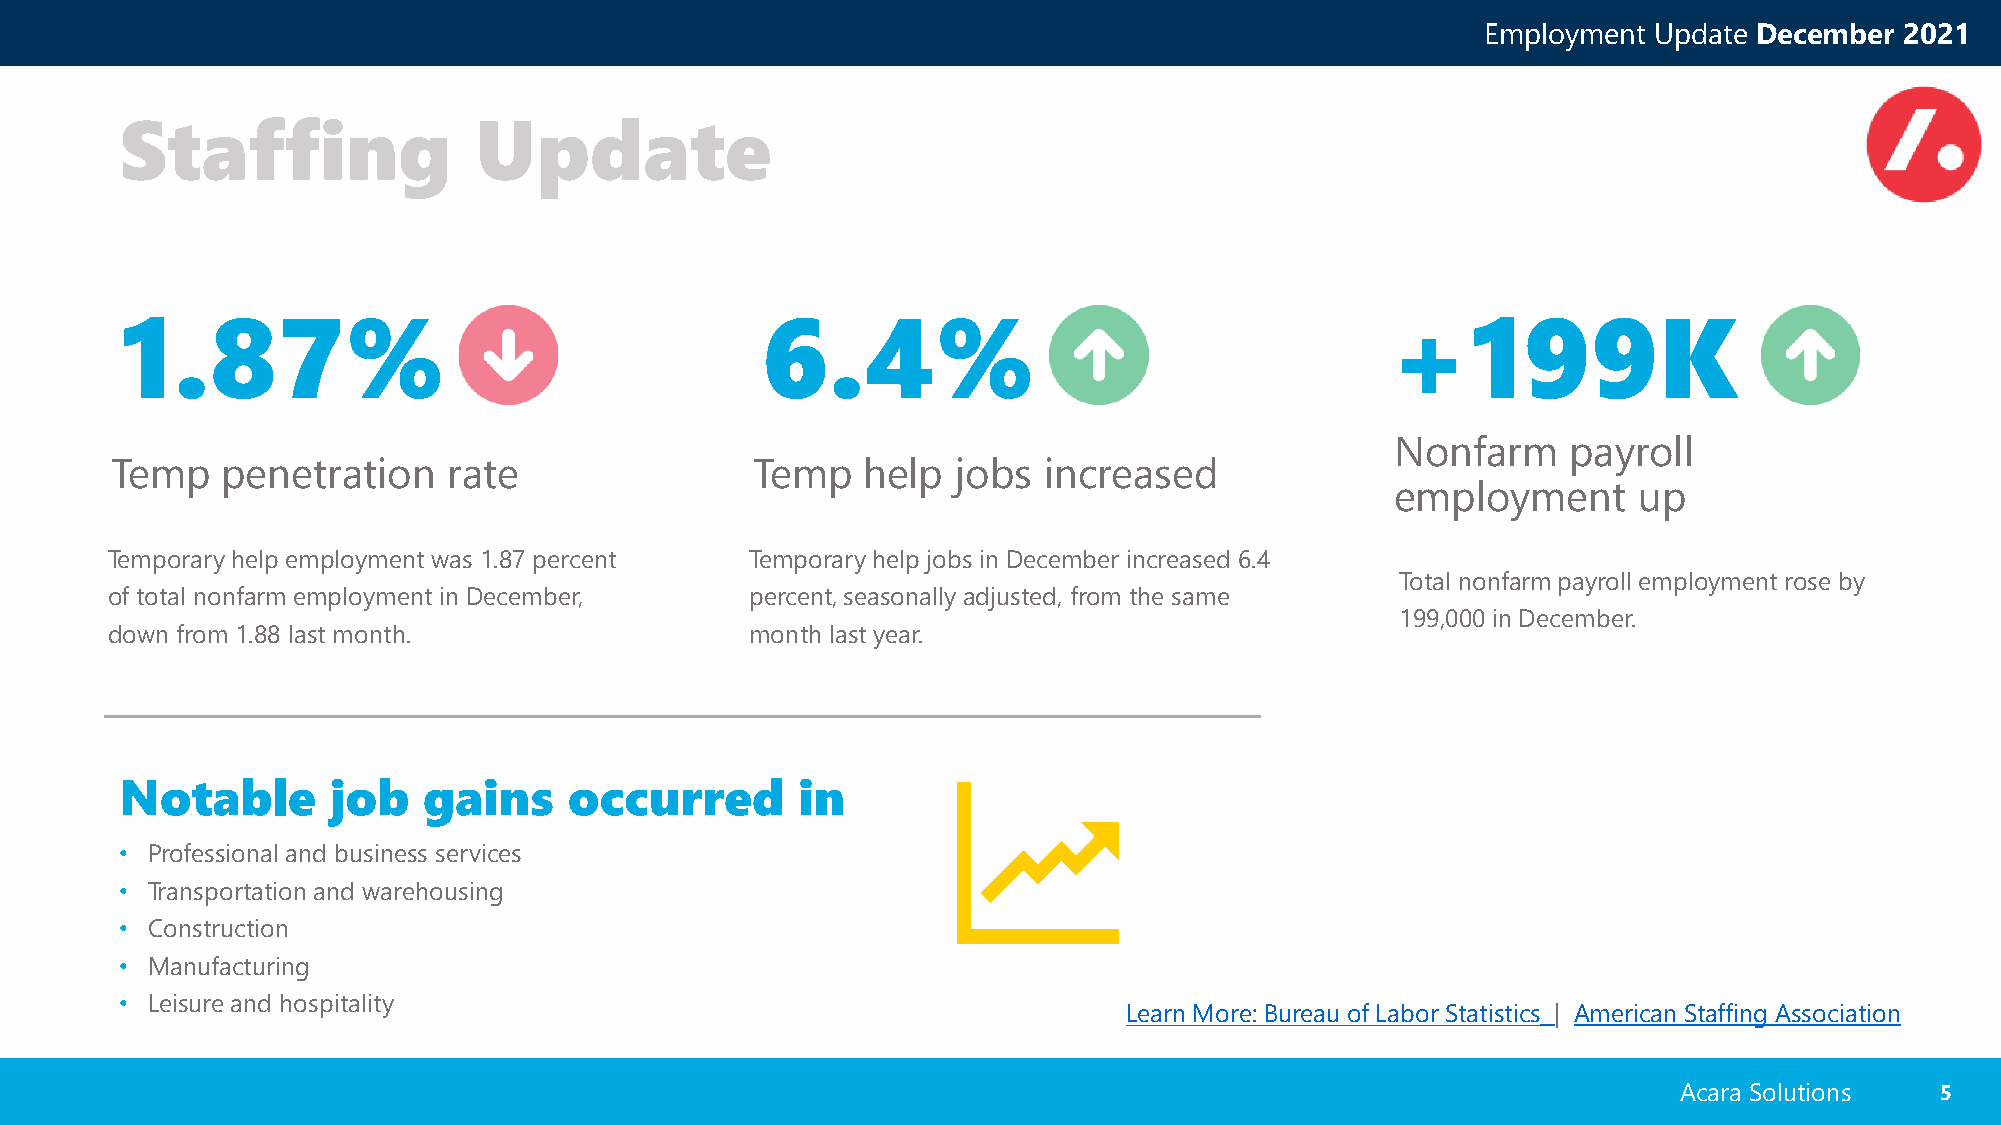
Employment Update December  2021
 Staffing               Update
 1.87%                                     6.4%                                      +199K
 Nonfarm     payroll
 Temp    penetration    rate                Temp   help  jobs  increased
 employment      up
 Temporary help employment was 1.87 percent Temporary help jobs in December increased 6.4
 Total nonfarm payroll employment rose by
 of total nonfarm employment in December,   percent, seasonally adjusted, from the same
 199,000 in December.
 down from 1.88 last month.                 month last year.
 Notable       job   gains     occurred       in
 • Professional and business services
 • Transportation and warehousing
 • Construction
 • Manufacturing
 • Leisure and hospitality
 Learn More: Bureau of Labor Statistics | American Staffing Association
 Acara Solutions  55